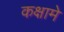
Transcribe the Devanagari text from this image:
कक्षामे